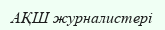
АҚШ журналистері